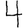
Digit: 4